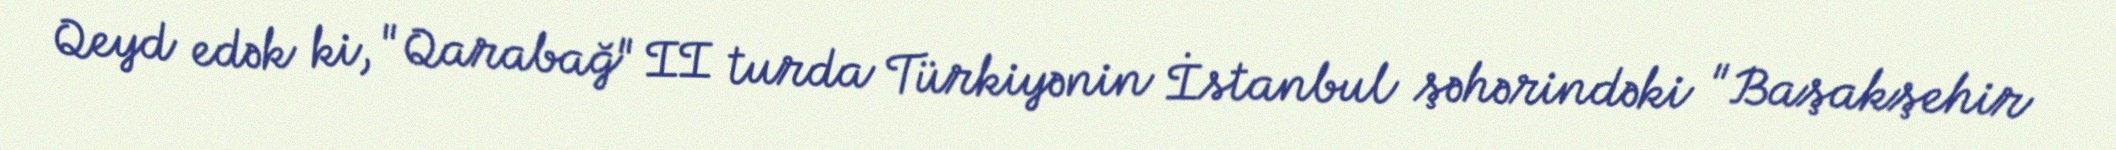
Qeyd edək ki, "Qarabağ" II turda Türkiyənin İstanbul şəhərindəki "Başakşehir